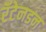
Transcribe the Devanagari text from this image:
रॅटेनडन